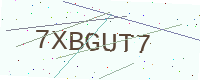
Text: 7XBGUT7